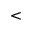
<